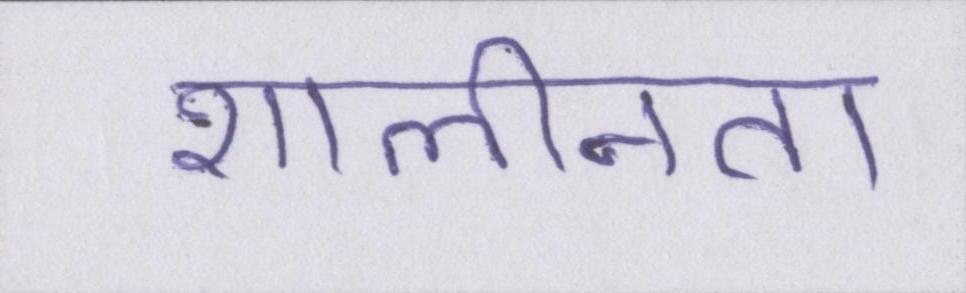
शालीनता